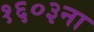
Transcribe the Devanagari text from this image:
१६०३ना